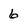
Character: 6